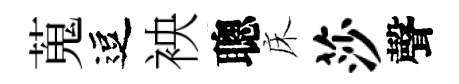
蒐逗䘧聰床莎聲